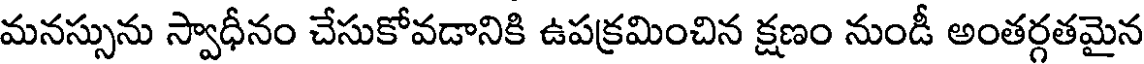
మనస్సును స్వాధీనం చేసుకోవడానికి ఉపక్రమించిన క్షణం నుండీ అంతర్గతమైన